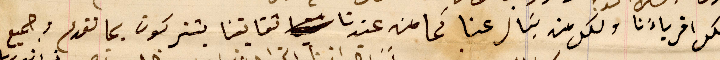
لكل اقرباءَنا ولكل من يسَال عنا كما من عندنا شقايقنا يشتركون بما تقدم وجميع